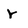
Character: r